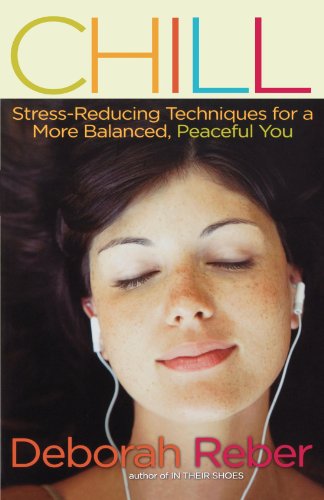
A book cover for Chill: Stress-Reducing Techniques for a More Balanced, Peaceful You; Deborah Reber; Teen & Young Adult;